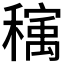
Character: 𰨺